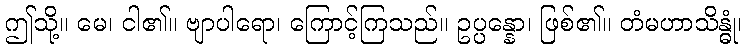
ဤသို့။ မေ၊ ငါ၏။ ဗျာပါရော၊ ကြောင့်ကြသည်။ ဥပ္ပန္နော၊ ဖြစ်၏။ တံမဟာသိန္ဓုံ၊